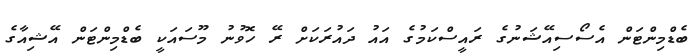
ބެޑްމިންޓަން އެސޯސިއޭޝަނުގެ ރައީސްކަމުގެ އައު ދައުރަކަށް ރޭ ހޮވުނު މޫސައަކީ ބެޑްމިންޓަން އޭޝިއާގެ